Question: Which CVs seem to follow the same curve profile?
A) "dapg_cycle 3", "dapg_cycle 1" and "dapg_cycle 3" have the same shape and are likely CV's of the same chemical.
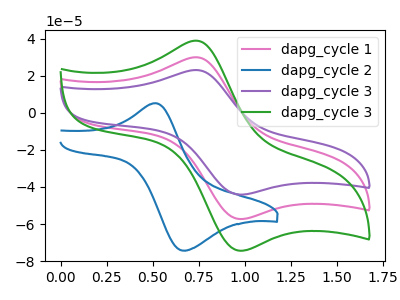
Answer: <think>The pink curve "dapg_cycle 1" has an anodic peak at (0.75V, 30.00uA) and a cathodic peak at (0.95V, -57.35uA). The blue curve "dapg_cycle 2" has an anodic peak at (0.50V, 5.20uA) and a cathodic peak at (0.65V, -74.35uA). The purple curve "dapg_cycle 3" has an anodic peak at (0.75V, 60.00uA) and a cathodic peak at (0.95V, -114.65uA). The green curve "dapg_cycle 3" has an anodic peak at (0.75V, 38.95uA) and a cathodic peak at (0.95V, -74.45uA).
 "dapg_cycle 1" and "dapg_cycle 2" have at least one peak that do not match. All the peaks in "dapg_cycle 1" have a peak in "dapg_cycle 3" at the same potential. Every peak in "dapg_cycle 1" is lower than every peak in "dapg_cycle 3". All the peaks in "dapg_cycle 1" have a peak in "dapg_cycle 3" at the same potential. Every peak in "dapg_cycle 1" is lower than every peak in "dapg_cycle 3". "dapg_cycle 2" and "dapg_cycle 3" have at least one peak that do not match. "dapg_cycle 2" and "dapg_cycle 3" have at least one peak that do not match. All the peaks in "dapg_cycle 3" have a peak in "dapg_cycle 3" at the same potential. Every peak in "dapg_cycle 3" is higher than every peak in "dapg_cycle 3".</think>
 <answer>A) "dapg_cycle 3", "dapg_cycle 1" and "dapg_cycle 3" have the same shape and are likely CV's of the same chemical.</answer>
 <eval>A</eval>